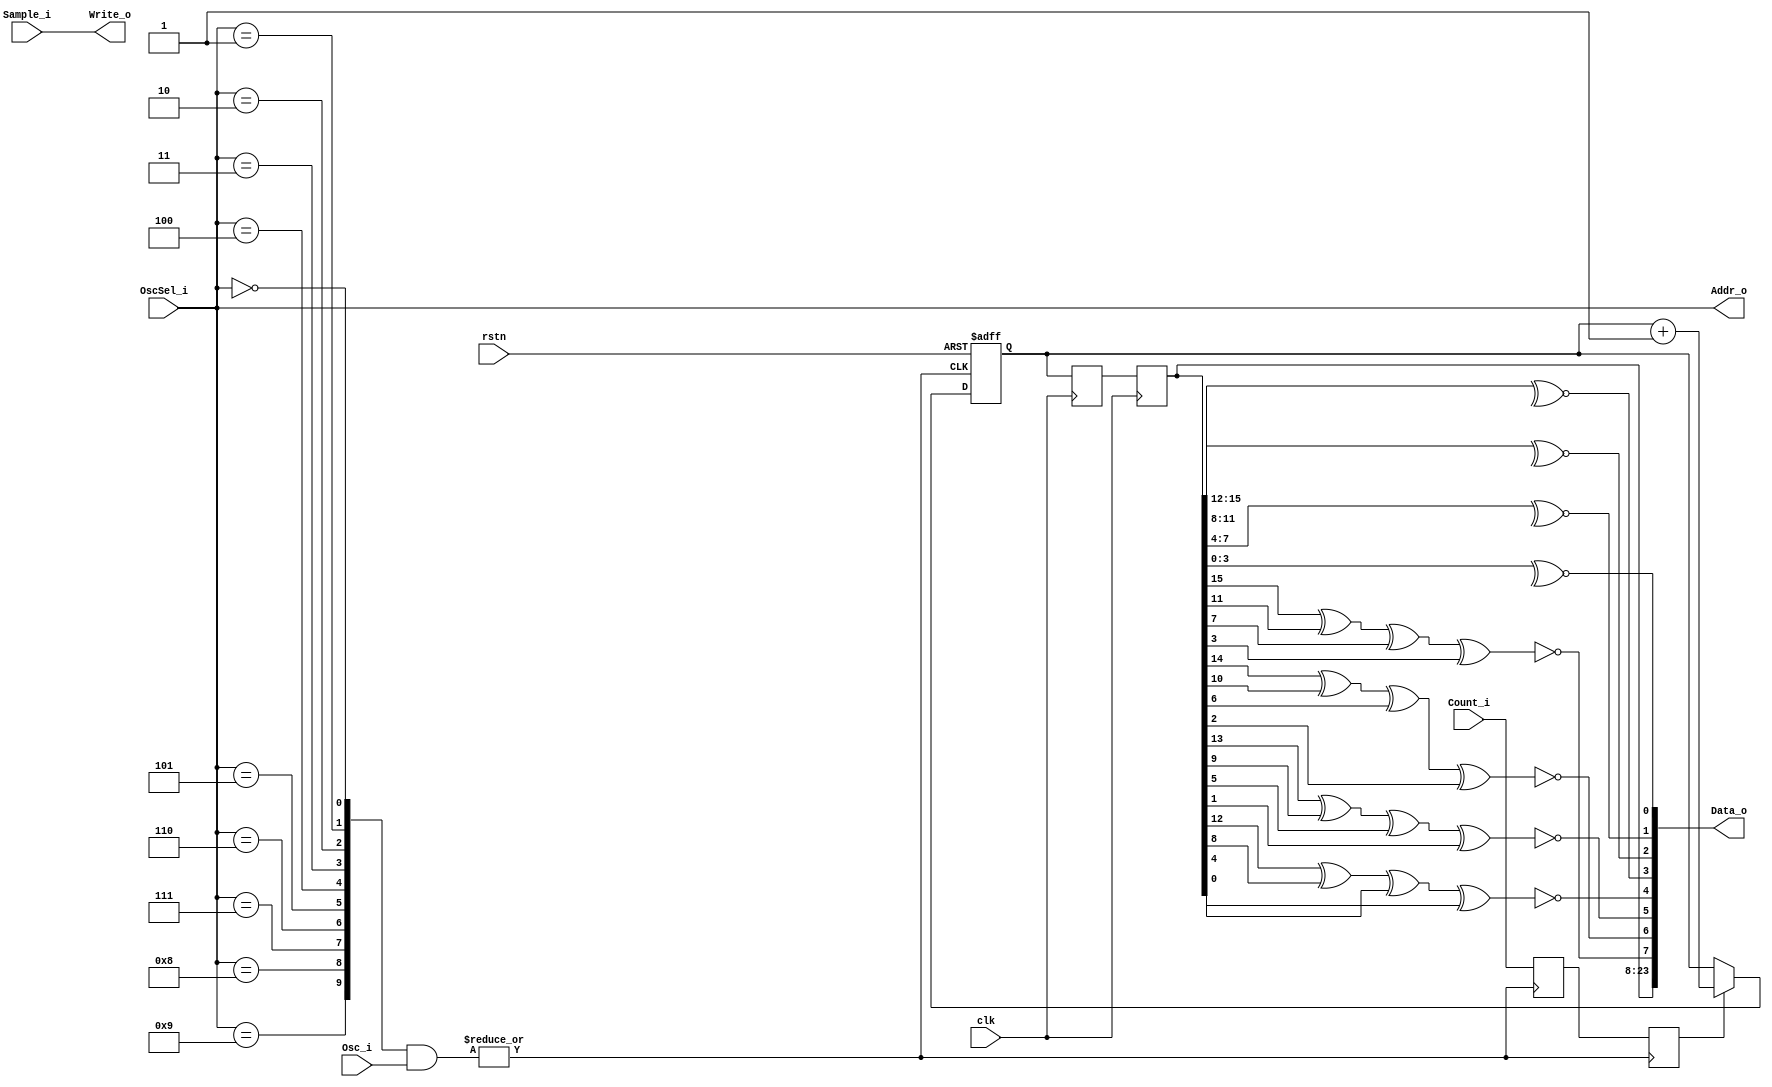
module  OscSample #(
    parameter                       NumOsc = 10
)   (
    input   wire                    clk,
    input   wire                    rstn,

    input   wire    [NumOsc-1:0]    Osc_i,
    input   wire    [4:0]           OscSel_i,

    input   wire                    Count_i,
    input   wire                    Sample_i,

    output  wire    [4:0]           Addr_o,
    output  wire    [23:0]          Data_o,
    output  wire                    Write_o
);

genvar i;

wire    [NumOsc-1:0]    OscDec;

generate
    for(i = 0;i < NumOsc;i = i + 1) begin : decoder

        assign  OscDec[i]   =   OscSel_i    ==  i;
    
    end
endgenerate

wire                    Osc;

assign  Osc =   |(OscDec & Osc_i);


reg  Count_enReg0, Count_enReg1;

always @(posedge Osc) begin
    Count_enReg0 <= Count_i;
    Count_enReg1 <= Count_enReg0;
end

wire Count_en = Count_enReg1;

reg     [15:0]  Freq = 16'b0;

always@(posedge Osc or negedge rstn) begin
    if(~rstn)
        Freq    <=  16'b0;
    else if(Count_en)
        Freq    <=  Freq + 1'b1;
end

reg     [15:0]  FreqReg0 = 16'b0;
reg     [15:0]  FreqReg1 = 16'b0;

always@(posedge clk) begin
    FreqReg0    <=  Freq;
    FreqReg1    <=  FreqReg0;
end

assign  Addr_o  =   OscSel_i;
assign  Write_o =   Sample_i;
assign  Data_o  =   {     FreqReg1,
                        ~(FreqReg1[15] ^ FreqReg1[11] ^ FreqReg1[7] ^ FreqReg1[3]),
                        ~(FreqReg1[14] ^ FreqReg1[10] ^ FreqReg1[6] ^ FreqReg1[2]),
                        ~(FreqReg1[13] ^ FreqReg1[9]  ^ FreqReg1[5] ^ FreqReg1[1]),
                        ~(FreqReg1[12] ^ FreqReg1[8]  ^ FreqReg1[4] ^ FreqReg1[0]),
                        ~^FreqReg1[15:12],
                        ~^FreqReg1[11:8],
                        ~^FreqReg1[7:4],
                        ~^FreqReg1[3:0]};


endmodule